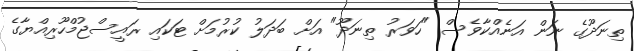
ތިނަދޫގެ ނަން އަނެއްކާވެސް "ހަވަރު ތިނަދޫ" އަށް ބަދަލު ކުރުމަށް ޓަކައި ރައީސްޖުމްހޫރިއްޔާގެ